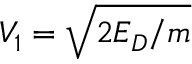
V _ { 1 } = \sqrt { 2 E _ { D } / m }